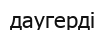
даугерді